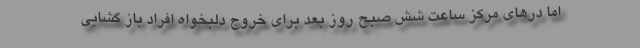
اما درهای مرکز ساعت شش صبح روز بعد برای خروج دلبخواه افراد باز گشایی